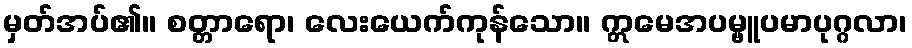
မှတ်အပ်၏။ စတ္တာရော၊ လေးယေက်ကုန်သော။ ဣမေအပမ္ဗူပမာပုဂ္ဂလာ၊